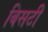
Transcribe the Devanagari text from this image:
बिसटी